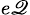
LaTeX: _{e\mathscr{Q}}